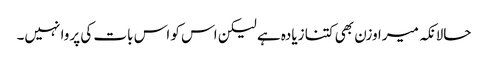
حالانکہ میرا وزن بھی کتنا زیادہ ہے لیکن اس کو اس بات کی پروا نہیں۔